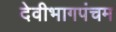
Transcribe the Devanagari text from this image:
देवीभागपंचम